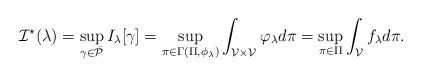
LaTeX: \begin{align*}\mathcal{I}^\star (\lambda) = \sup_{\gamma \in \bar{\mathcal{P}} } I_{\lambda}[\gamma] = \sup_{\pi \in \Gamma(\Pi, \phi_\lambda ) } \int_{\mathcal{V} \times \mathcal{V} } \varphi_\lambda d\pi = \sup_{\pi \in \Pi} \int_{\mathcal{V} } f_\lambda d\pi. \end{align*}